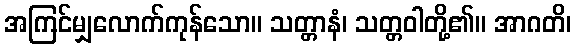
အကြင်မျှလောက်ကုန်သော။ သတ္တာနံ၊ သတ္တဝါတို့၏။ အာဂတိ၊